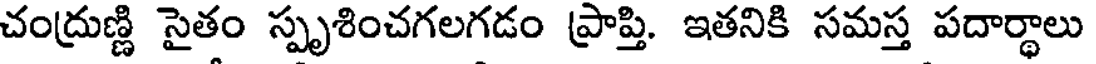
చంద్రుణ్ణి సైతం స్పృశించగలగడం ప్రాప్తి. ఇతనికి సమస్త పదార్థాలు